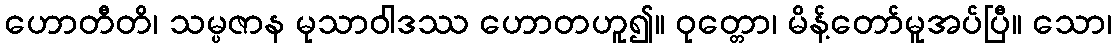
ဟောတီတိ၊ သမ္ပဇာန မုသာဝါဒဿ ဟောတဟူ၍။ ဝုတ္တော၊ မိန့်တော်မူအပ်ပြီ။ သော၊